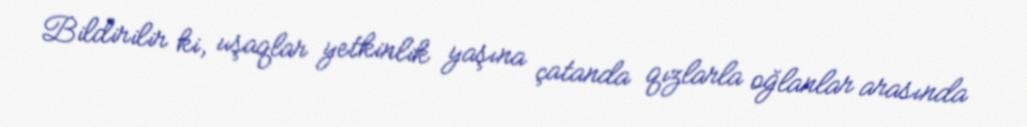
Bildirilir ki, uşaqlar yetkinlik yaşına çatanda qızlarla oğlanlar arasında